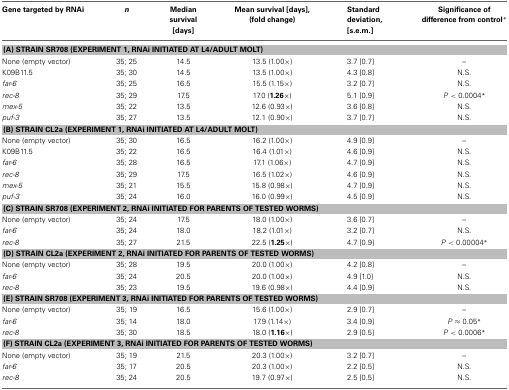
<table><thead><tr><td><b>Gene targeted by RNAi</b></td><td><b><i>n</i></b></td><td><b>Median survival [days]</b></td><td><b>Mean survival [days], (fold change)</b></td><td><b>Standard deviation, [s.e.m.]</b></td><td><b>Significance of difference from control<sup>*</sup></b></td></tr></thead><tbody><tr><td colspan="6"><b>(A) STRAIN SR708 (EXPERIMENT 1, RNAi INITIATED AT L4/ADULT MOLT)</b></td></tr><tr><td>None (empty vector)</td><td>35; 25</td><td>14.5</td><td>13.5 (1.00×)</td><td>3.7 [0.7]</td><td>–</td></tr><tr><td>K09B11.5</td><td>35; 30</td><td>14.5</td><td>13.5 (1.00×)</td><td>4.3 [0.8]</td><td>N.S.</td></tr><tr><td><i>far-6</i></td><td>35; 25</td><td>16.5</td><td>15.5 (1.15×)</td><td>3.2 [0.7]</td><td>N.S.</td></tr><tr><td><i>rec-8</i></td><td>35; 29</td><td>17.5</td><td>17.0 (<b>1.26×</b>)</td><td>5.1 [0.9]</td><td><i>P</i> &lt; 0.0004<sup>*</sup></td></tr><tr><td><i>mex-5</i></td><td>35; 22</td><td>13.5</td><td>12.6 (0.93×)</td><td>3.6 [0.8]</td><td>N.S.</td></tr><tr><td><i>puf-3</i></td><td>35; 27</td><td>13.5</td><td>12.1 (0.90×)</td><td>3.7 [0.7]</td><td>N.S.</td></tr><tr><td colspan="6"><b>(B) STRAIN CL2a (EXPERIMENT 1, RNAi INITIATED AT L4/ADULT MOLT)</b></td></tr><tr><td>None (empty vector)</td><td>35; 30</td><td>16.5</td><td>16.2 (1.00×)</td><td>4.9 [0.9]</td><td>–</td></tr><tr><td>K09B11.5</td><td>35; 22</td><td>16.5</td><td>16.4 (1.01×)</td><td>4.6 [0.9]</td><td>N.S.</td></tr><tr><td><i>far-6</i></td><td>35; 28</td><td>16.5</td><td>17.1 (1.06×)</td><td>4.7 [0.9]</td><td>N.S.</td></tr><tr><td><i>rec-8</i></td><td>35; 29</td><td>17.5</td><td>16.5 (1.02×)</td><td>4.6 [0.9]</td><td>N.S.</td></tr><tr><td><i>mex-5</i></td><td>35; 21</td><td>15.5</td><td>15.8 (0.98×)</td><td>4.7 [0.9]</td><td>N.S.</td></tr><tr><td><i>puf-3</i></td><td>35; 24</td><td>16.0</td><td>16.0 (0.99×)</td><td>4.5 [0.9]</td><td>N.S.</td></tr><tr><td colspan="6"><b>(C) STRAIN SR708 (EXPERIMENT 2, RNAi INITIATED FOR PARENTS OF TESTED WORMS)</b></td></tr><tr><td>None (empty vector)</td><td>35; 24</td><td>17.5</td><td>18.0 (1.00×)</td><td>3.6 [0.7]</td><td>–</td></tr><tr><td><i>far-6</i></td><td>35; 24</td><td>18.0</td><td>18.2 (1.01×)</td><td>3.2 [0.7]</td><td>N.S.</td></tr><tr><td><i>rec-8</i></td><td>35; 27</td><td>21.5</td><td>22.5 (<b>1.25×</b>)</td><td>4.7 [0.9]</td><td><i>P</i> &lt; 0.00004<sup>*</sup></td></tr><tr><td colspan="6"><b>(D) STRAIN CL2a (EXPERIMENT 2, RNAi INITIATED FOR PARENTS OF TESTED WORMS)</b></td></tr><tr><td>None (empty vector)</td><td>35; 28</td><td>19.5</td><td>20.0 (1.00×)</td><td>4.2 [0.8]</td><td>–</td></tr><tr><td><i>far-6</i></td><td>35; 24</td><td>20.5</td><td>20.0 (1.00×)</td><td>4.9 [1.0]</td><td>N.S.</td></tr><tr><td><i>rec-8</i></td><td>35; 23</td><td>19.5</td><td>19.6 (0.98×)</td><td>4.4 [0.9]</td><td>N.S.</td></tr><tr><td colspan="6"><b>(E) STRAIN SR708 (EXPERIMENT 3, RNAi INITIATED FOR PARENTS OF TESTED WORMS)</b></td></tr><tr><td>None (empty vector)</td><td>35; 19</td><td>16.5</td><td>15.6 (1.00×)</td><td>2.9 [0.7]</td><td>–</td></tr><tr><td><i>far-6</i></td><td>35; 14</td><td>18.0</td><td>17.9 (1.14×)</td><td>3.4 [0.9]</td><td><i>P</i> ≈ 0.05<sup>*</sup></td></tr><tr><td><i>rec-8</i></td><td>35; 30</td><td>18.5</td><td>18.0 (<b>1.16×</b>)</td><td>2.9 [0.5]</td><td><i>P</i> &lt; 0.0006<sup>*</sup></td></tr><tr><td colspan="6"><b>(F) STRAIN CL2a (EXPERIMENT 3, RNAi INITIATED FOR PARENTS OF TESTED WORMS)</b></td></tr><tr><td>None (empty vector)</td><td>35; 19</td><td>21.5</td><td>20.3 (1.00×)</td><td>3.2 [0.7]</td><td>–</td></tr><tr><td><i>far-6</i></td><td>35; 17</td><td>20.5</td><td>20.3 (1.00×)</td><td>2.2 [0.5]</td><td>N.S.</td></tr><tr><td><i>rec-8</i></td><td>35; 24</td><td>20.5</td><td>19.7 (0.97×)</td><td>2.5 [0.5]</td><td>N.S.</td></tr></tbody></table>